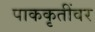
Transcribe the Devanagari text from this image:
पाककृतींवर